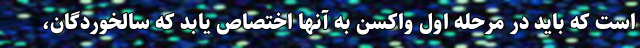
است که باید در مرحله اول واکسن به آنها اختصاص یابد که سالخوردگان،